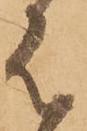
は